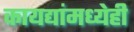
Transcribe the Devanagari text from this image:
कायद्यांमध्येही